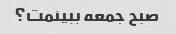
صبح جمعه ببینمت؟